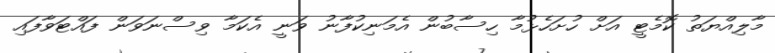
މާލިއްޔަތު ކޮމެޓީ އަށް ހުށަހެޅުމާ ހިސާބުން އެމަނިކުފާނު ވަނީ އެކަމާ ވިސްނަވަން ފައްޓަވާފައި